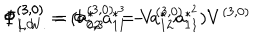
\Phi _ { L . W . } ^ { ( 3 , 0 ) } = \Phi _ { 0 , 3 } ^ { ( 3 , 0 ) } = V ^ { ( 3 , 0 ) } \hspace { 1 0 m m } \Phi _ { 1 , 0 } ^ { ( 3 , 0 ) } = ( a _ { 2 2 } ^ { * } a _ { 1 1 } ^ { * ^ { 3 } } - a _ { 1 2 } ^ { * } a _ { 1 1 } ^ { * ^ { 2 } } ) V ^ { ( 3 , 0 ) }